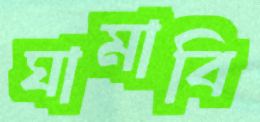
ঘামাবি